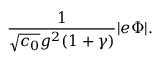
{ \frac { 1 } { \sqrt { c _ { 0 } } g ^ { 2 } ( 1 + \gamma ) } } | e \Phi | .